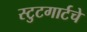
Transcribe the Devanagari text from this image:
स्टुटगार्टचे